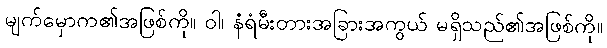
မျက်မှောက၏အဖြစ်ကို။ ဝါ၊ နံရံမီးတားအခြားအကွယ် မရှိသည်၏အဖြစ်ကို။